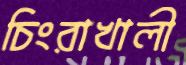
চিংরাখালী